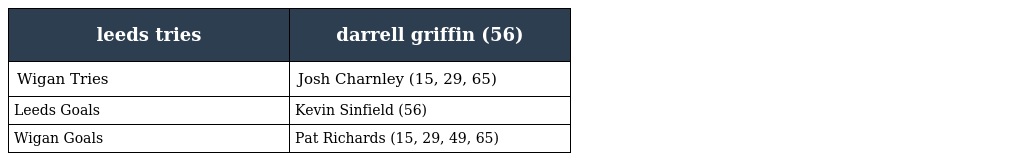
| leeds tries | darrell griffin (56) |
 | --- | --- |
 | Wigan Tries | Josh Charnley (15, 29, 65) |
 | Leeds Goals | Kevin Sinfield (56) |
 | Wigan Goals | Pat Richards (15, 29, 49, 65) |